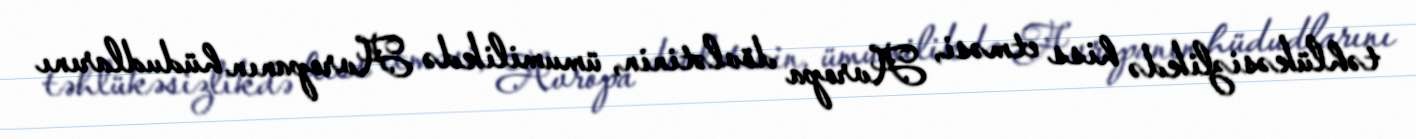
təhlükəsizlikdə hiss etməsi, Avropa dövlətinin, ümumilikdə Avropanın hüdudlarını